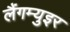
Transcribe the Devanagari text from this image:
लैंगम्युइर